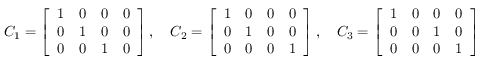
C _ { 1 } = \left[ \begin{array} { l l l l } { 1 } & { 0 } & { 0 } & { 0 } \\ { 0 } & { 1 } & { 0 } & { 0 } \\ { 0 } & { 0 } & { 1 } & { 0 } \end{array} \right] , \quad C _ { 2 } = \left[ \begin{array} { l l l l } { 1 } & { 0 } & { 0 } & { 0 } \\ { 0 } & { 1 } & { 0 } & { 0 } \\ { 0 } & { 0 } & { 0 } & { 1 } \end{array} \right] , \quad C _ { 3 } = \left[ \begin{array} { l l l l } { 1 } & { 0 } & { 0 } & { 0 } \\ { 0 } & { 0 } & { 1 } & { 0 } \\ { 0 } & { 0 } & { 0 } & { 1 } \end{array} \right]